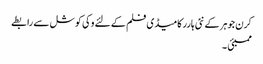
کرن جوہر کے نئی ہارر کامیڈی فلم کے لئے وکی کوشل سے رابطے
ممبئی ۔